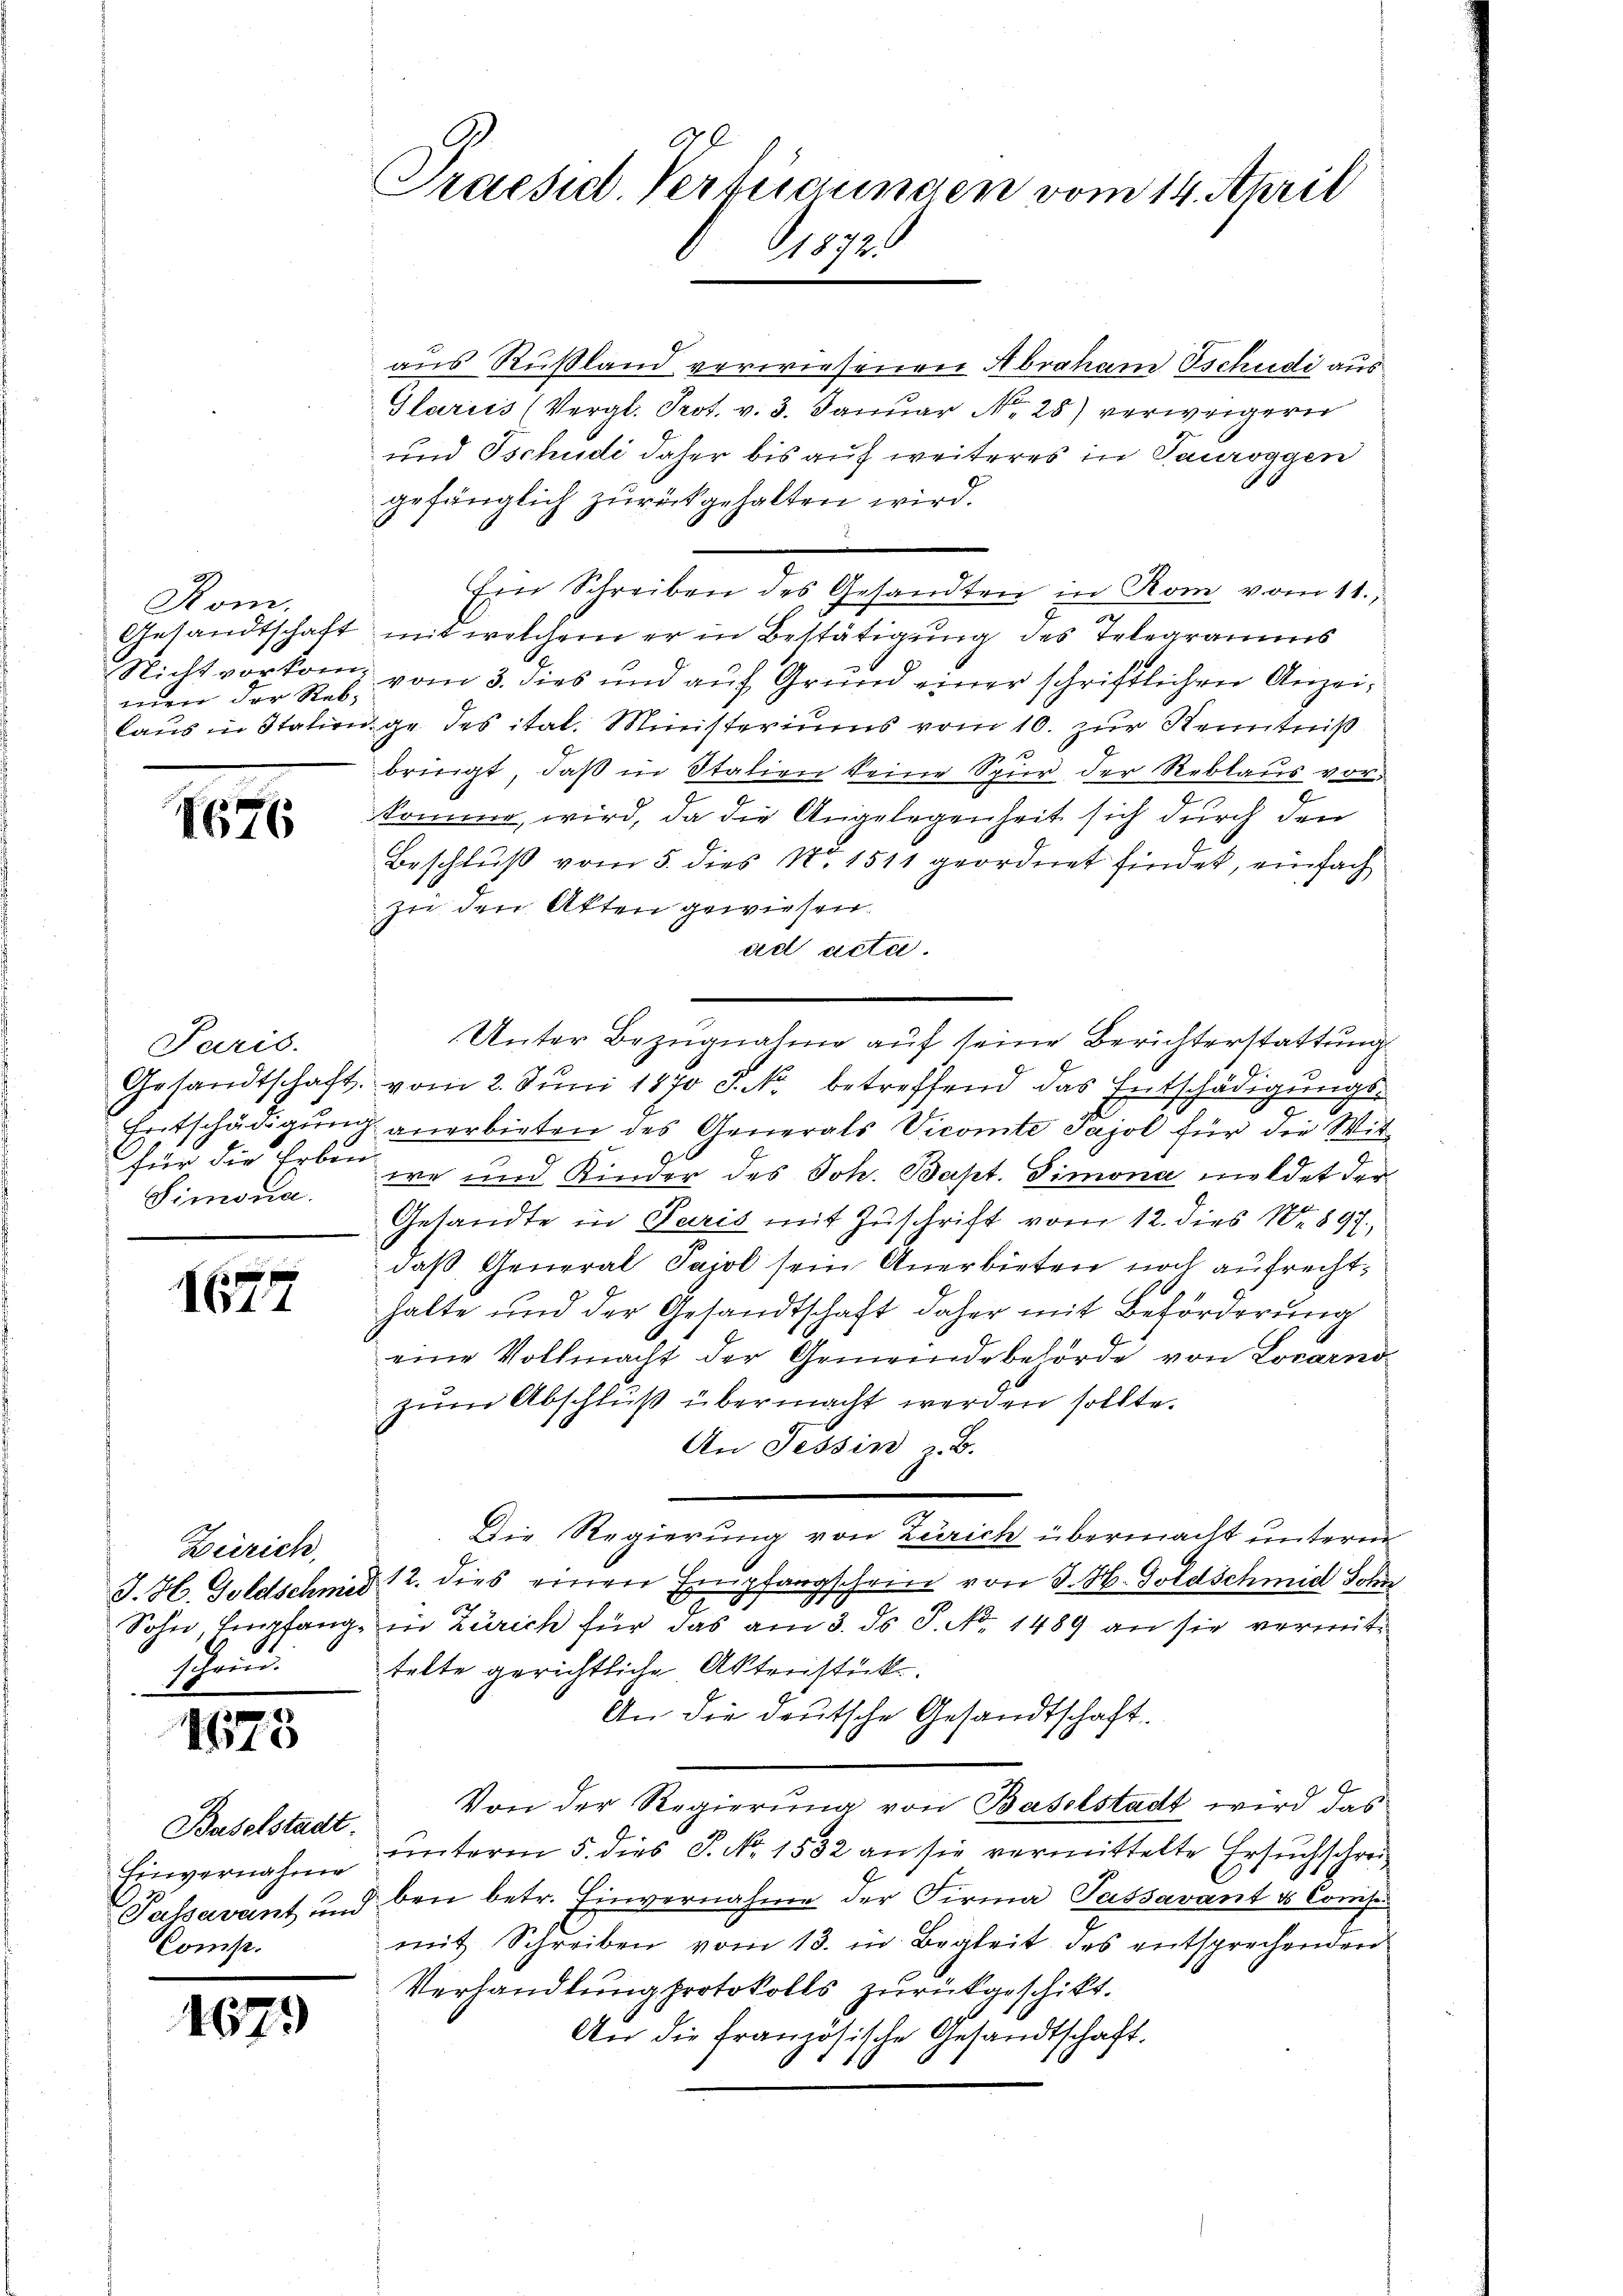
Rom.
Gesandtschaft
men der Reb¬

164

Paris.
für die Erben
Simonia.

xx
114

Zürich,
schrei

1675

aus Rußland verwiesenen Abraham schudi aus
Glarus (Vergl. Prot. v. 3. Januar No. 28) verweigern
und Tschudi daher bis auf weiteres in Pauroggen
gefänglich zurückgehalten wird.
Ein Schreiben des Gesandten in Rom vom 11.
mit welchem er in Bestätigung des Telegramms
Richt vorkomp vom 3. dies und auf Grund einer schriftlichen Anzeilaus in Stalienge des ital. Ministeriums vom 10. zur Kenntniß
1
bringt, daß in Italien keine Spier der Reblaus vor¬
8
komme, wird, da die Angelegenheit sich durch den
Beschluß vom 5. dies No. 1511 geordnet findet, einfach
zu den Akten gewiesen.
ad acta.
Unter Bezugnahme auf seine Berichterstattung
Gesandtschaft vom 2. Jŭni 1870 J. N. betreffend das Entschädigŭngs-
Entschädigung anerbieten des Generals Vicomte Pajol für die Wirwe und Kinder des Joh. Bapt. Simona meldet der
Gesandte in Paris mit Zuschrift vom 12. dies No 897,
daß General Pajol sein Anerbieten noch aufrecht,
halte und der Gesandtschaft daher mit Beförderung
eine Vollmacht der Gemeindebehörde von Locarno
zŭm Abschluß übermacht werden sollte.
An Tessin z. B.
Die Regierung von Zürich übermacht unterm
J. H. Goldschmid 12. dies einen Empfangschein von J. H. Goldschmid Schr
m
Sohn Empfang, in Zürich für das am 3. ds. S. Nr. 1489 an sie vermittelte gerichtliche Aktenstücke.
An die deutsche Gesandtschaft.
Von der Regierung von Baselstadt wird das
unterm 5. dies P. Nr. 1532 an sie vermittelte Ersuchschrei¬
Passavant und bei betr. Einvernahme der Firma Passavant a Cons
mit Schreiben vom 13. in Begleit des entsprechenden
Verhandlung protokolls zurückgeschikt.
An die französische Gesandtschaft.

Baselstadt.
Einvernahme
Comp.

467.

A
Praesid. Verfügungen vom 14. April
672.